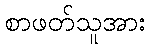
စာဖတ်သူအား